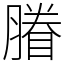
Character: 膡